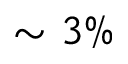
\sim 3 \%